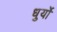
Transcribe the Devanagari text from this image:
धुर्यो